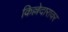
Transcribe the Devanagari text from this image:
किल्लेदारावर